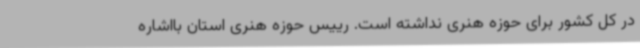
در کل کشور برای حوزه هنری نداشته است. رییس حوزه هنری استان بااشاره